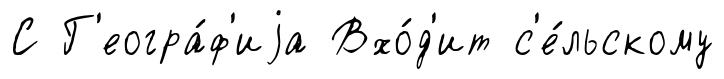
С Г'еогра́ф'иjа Вхо́д'ит с'е́льскому